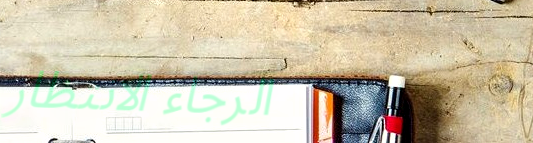
الرجاء الانتظار